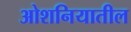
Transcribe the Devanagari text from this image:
ओशनियातील